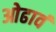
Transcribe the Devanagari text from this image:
ओढावं